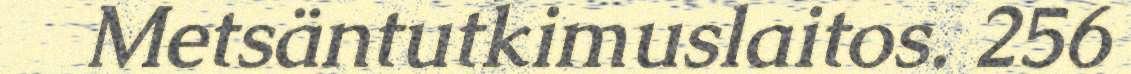
Metsäntutkimuslaitos. 256